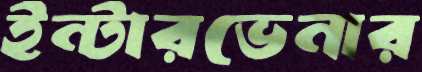
ইন্টারভেনার